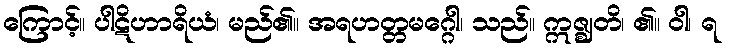
ကြောင့်။ ပါဋိဟာရိယံ၊ မည်၏။ အရဟတ္တမဂ္ဂေါ၊ သည်။ ဣဇ္ဈတိ၊ ၏။ ဝါ၊ ရ